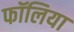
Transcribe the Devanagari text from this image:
फॉलिया